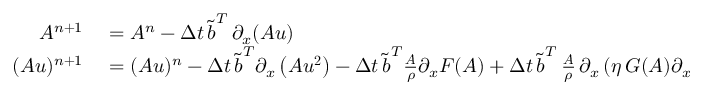
\begin{array} { r l } { A ^ { n + 1 } } & { { } = A ^ { n } - \Delta t \, \boldsymbol { \tilde { b } } ^ { T } \, \partial _ { x } ( \boldsymbol { A u } ) } \\ { ( A u ) ^ { n + 1 } } & { { } = ( A u ) ^ { n } - \Delta t \, \boldsymbol { \tilde { b } } ^ { T } \partial _ { x } \left( \boldsymbol { A u ^ { 2 } } \right) - \Delta t \, \boldsymbol { \tilde { b } } ^ { T } \frac { \boldsymbol { A } } { \rho } \partial _ { x } \boldsymbol { F } ( \boldsymbol { A } ) + \Delta t \, \boldsymbol { \tilde { b } } ^ { T } \, \frac { \boldsymbol { A } } { \rho } \, \partial _ { x } \left( \eta \, \boldsymbol { G } ( \boldsymbol { A } ) \partial _ { x } ( \boldsymbol { A u } ) \right) . } \end{array}